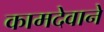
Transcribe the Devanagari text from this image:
कामदेवाने